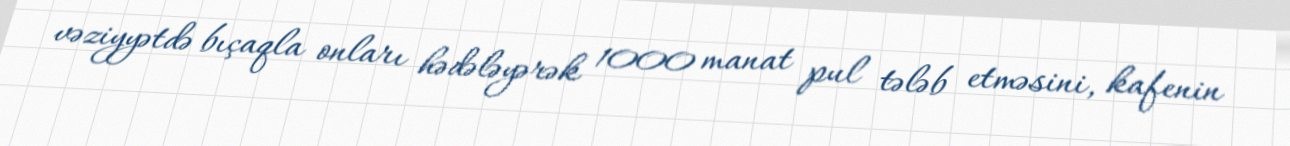
vəziyyətdə bıçaqla onları hədələyərək 1000 manat pul tələb etməsini, kafenin